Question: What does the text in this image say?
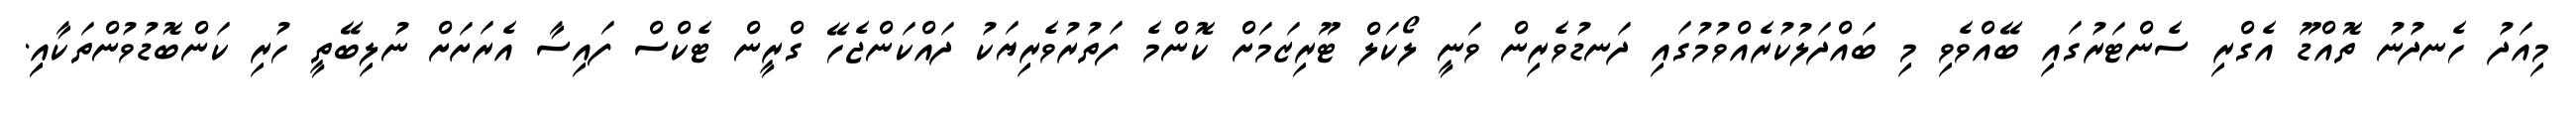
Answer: މިއަދު ހެނދުނު ތޮއްޑޫ އެގްރި ސެންޓަރުގައި ބޭއްވެވި މި ބައްދަލުކުރެއްވުމުގައި ދަނޑުވެރިން ވަނީ ލޯކަލް ޓޫރިޒަމަށް ކޮންމެ ފަތުރުވެރިޔަކު ދައްކަންޖެހޭ ގްރީން ޓެކްސް ފައިސާ އެރަށަށް ނުލިބޭތީ ހުރި ކަންބޮޑުވުންތަކާއިި.